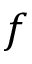
f